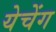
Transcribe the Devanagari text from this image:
येचेंग